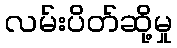
လမ်းပိတ်ဆို့မှု